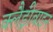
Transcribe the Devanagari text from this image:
क्लैड्रीबाइन